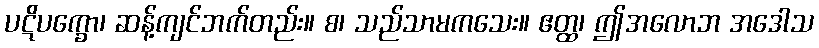
ပဋိပက္ခော၊ ဆန့်ကျင်ဘက်တည်း။ စ၊ သည်သာမကသေး။ ဧတ္ထ၊ ဤအလောဘ အဒေါသ